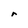
Character: r